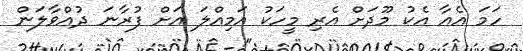
ހަމަ އެއާ އެކު މޫދަށް އެރި މީހަކު އަމިއްލަ އަށް ފުރާނަ ދުއްވާލަން